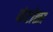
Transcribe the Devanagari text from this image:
कंटोळा